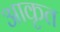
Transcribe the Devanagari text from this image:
आकृत